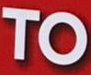
TO